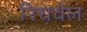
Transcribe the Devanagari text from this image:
रिचवेल